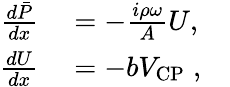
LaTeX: \begin{array}{rlr}{\frac{d\bar{P}}{dx}}&{{}=-\frac{i\rho\omega}{A}U,}&{}\\ {\frac{dU}{dx}}&{{}=-bV_{\mathrm{CP}}\; ,}&{}\end{array}